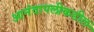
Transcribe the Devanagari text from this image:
आनंदापलीकडील